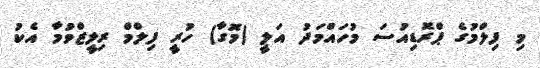
މި ފިލްމުގެ ޕްރޮޑިއުސަ މުހައްމަދު އަލީ (މޮގާ) ހުރީ ފިލްމް ރިލީޒްވުމާ އެކު